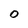
Character: O